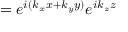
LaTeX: = e ^ { i ( k _ { x } x + k _ { y } y ) } e ^ { i k _ { z } z }